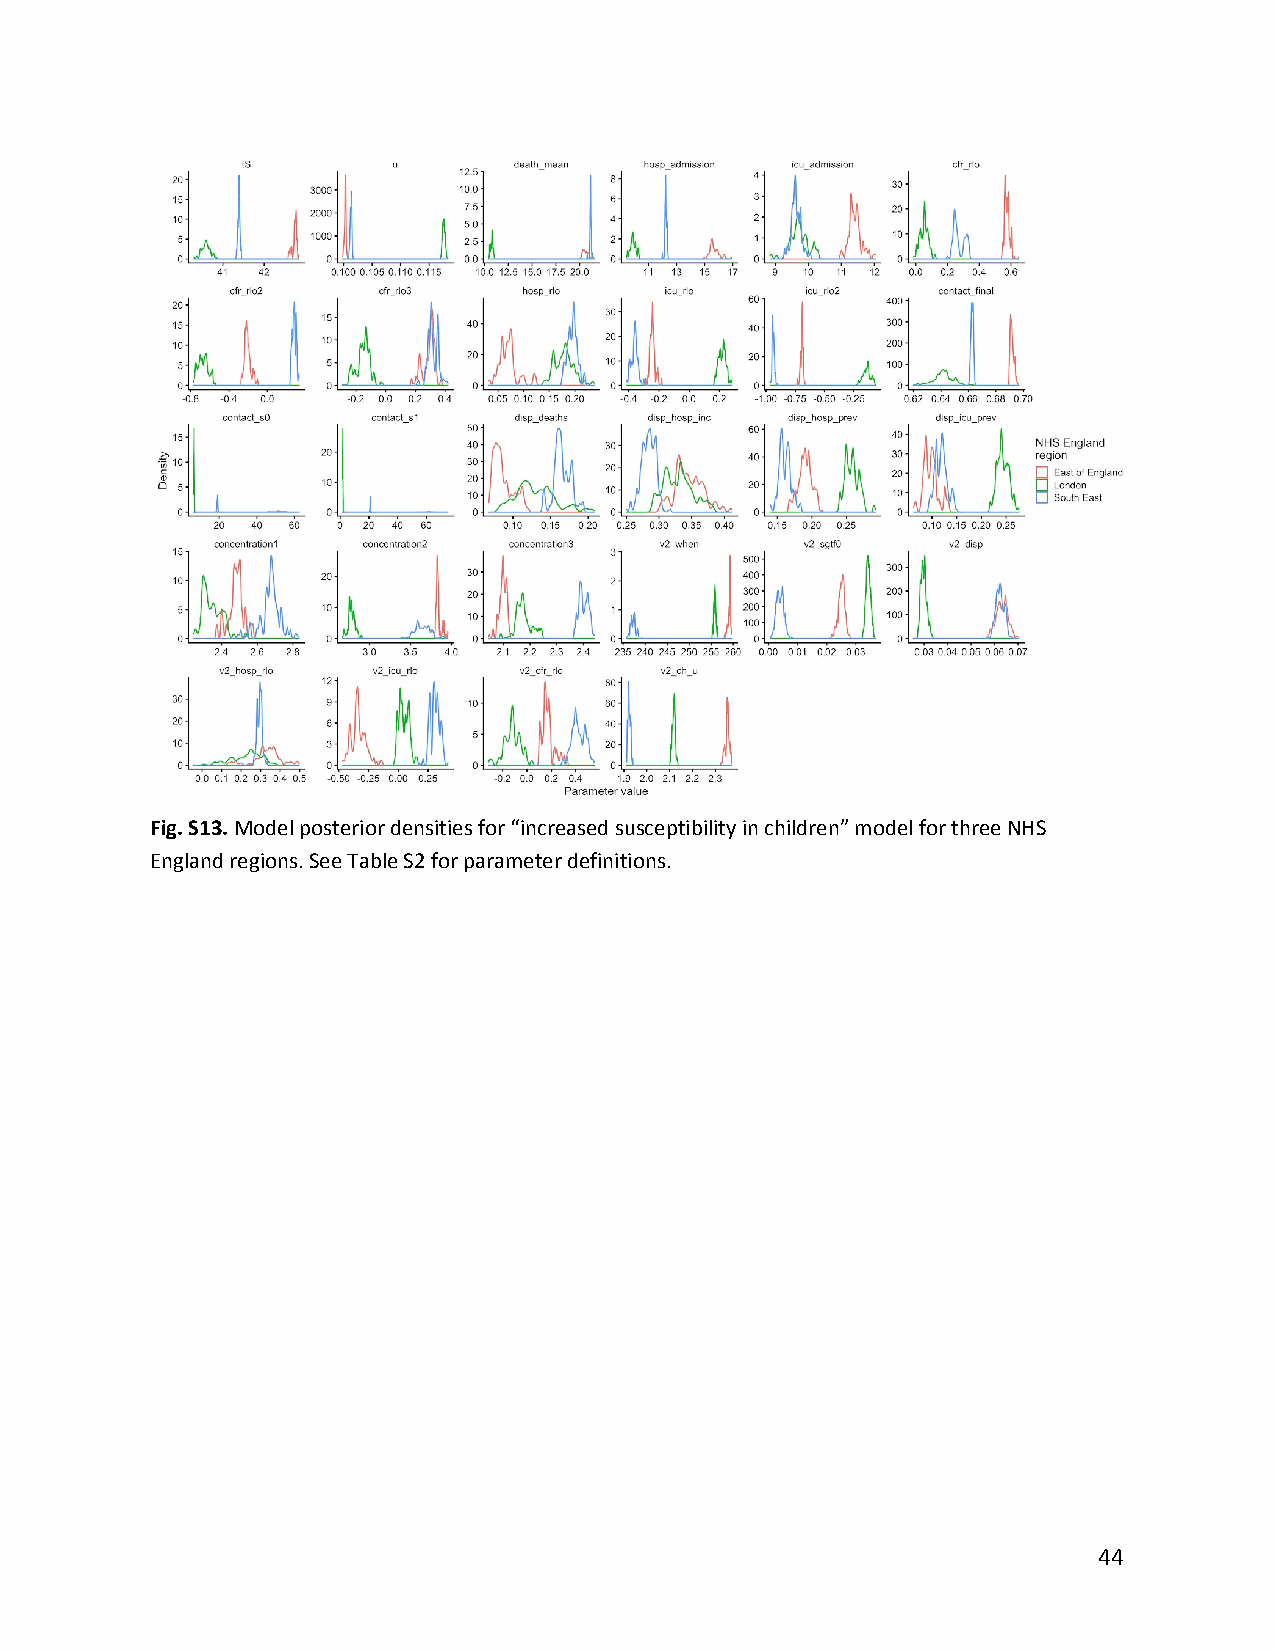
Fig. S13. Model posterior densities for “increased susceptibility in children” model for three NHS
 ​
 England regions. See Table S2 for parameter definitions.
 44